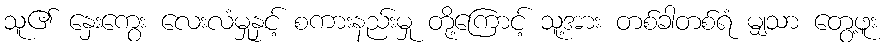
သူ၏ နှေးကွေး လေးလံမှုနှင့် စကားနည်းမှု တို့ကြောင့် သူ့အား တစ်ခါတစ်ရံ မျှသာ တွေ့ဖူး